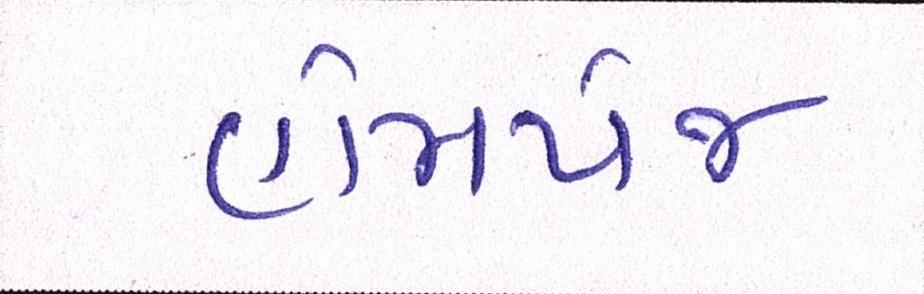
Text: હોમપેજ